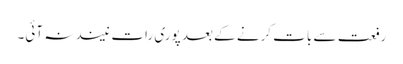
رفعت سے بات کرنے کے بعد پوری رات نیند نہ آئی۔